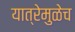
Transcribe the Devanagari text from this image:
यात्रेमुळेच